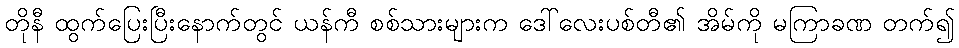
တိုနီ ထွက်ပြေးပြီးနောက်တွင် ယန်ကီ စစ်သားများက ဒေါ်လေးပစ်တီ၏ အိမ်ကို မကြာခဏ တက်၍